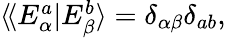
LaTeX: \begin{array}{r}{\langle\! \langle E_{\alpha}^{a}|E_{\beta}^{b}\rangle=\delta_{\alpha\beta}\delta_{ab},}\end{array}